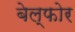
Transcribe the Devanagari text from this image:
बेल्फोर